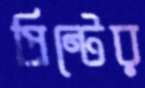
প্রিন্টের